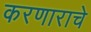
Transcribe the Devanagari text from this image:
करणाराचे